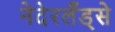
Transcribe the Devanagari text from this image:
नेदेरलँड्से